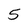
Character: 5